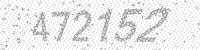
Solution: 472152